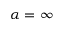
\alpha = \infty